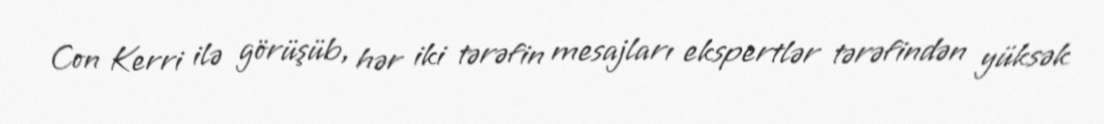
Con Kerri ilə görüşüb, hər iki tərəfin mesajları ekspertlər tərəfindən yüksək